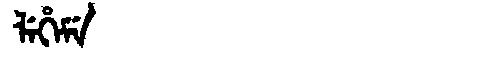
Manchu: ᠯᡝᡥᡝᠮᡝ
Romanization: LEHEME